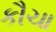
કૌચા